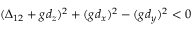
( \Delta _ { 1 2 } + g d _ { z } ) ^ { 2 } + ( g d _ { x } ) ^ { 2 } - ( g d _ { y } ) ^ { 2 } < 0